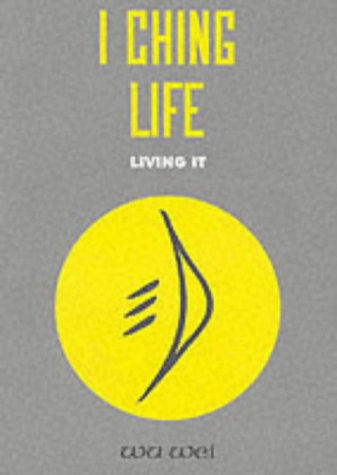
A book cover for I Ching Life: How to Live It; Wu Wei; Religion & Spirituality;